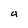
Character: 4